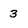
Character: 3